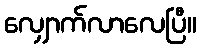
လျှောက်လာလေပြီ။